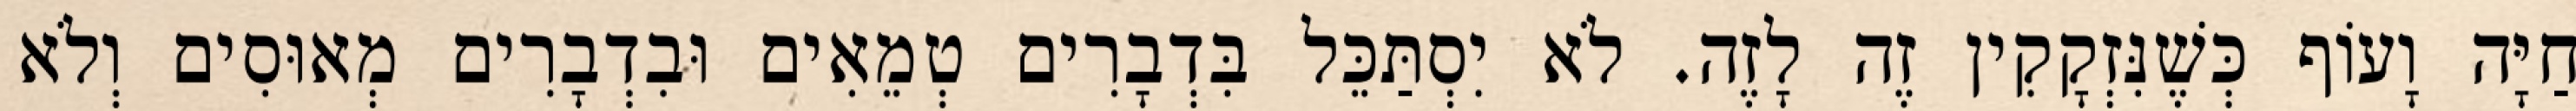
חַיָּה וָעוֹף כְּשֶׁנִּזְקָקִין זֶה לָזֶה. לֹא יִסְתַּכֵּל בִּדְבָרִים טְמֵאִים וּבִדְבָרִים מְאוּסִים וְלֹא